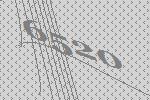
6520